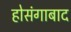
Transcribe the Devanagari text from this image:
होसंगाबाद